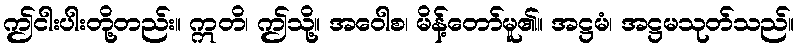
ဤငါးပါးတို့တည်း။ ဣတိ၊ ဤသို့။ အဝေါစ၊ မိန့်တော်မူ၏။ အဋ္ဌမံ၊ အဋ္ဌမသုတ်သည်။